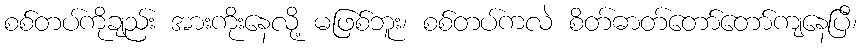
စစ်တပ်ကိုချည်း အားကိုးနေလို့ မဖြစ်ဘူး၊ စစ်တပ်ကလဲ စိတ်ဓာတ်တော်တော်ကျနေပြီ၊